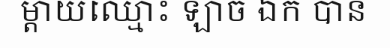
ម្តាយឈ្មោះ ឡាច ឯក បាន